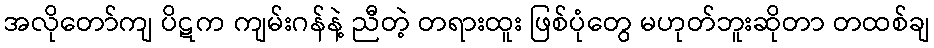
အလိုတော်ကျ ပိဋက ကျမ်းဂန်နဲ့ ညီတဲ့ တရားထူး ဖြစ်ပုံတွေ မဟုတ်ဘူးဆိုတာ တထစ်ချ